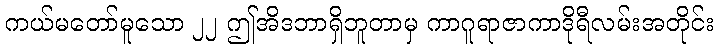
ကယ်မတော်မူသော ၂၂ ဤအိဒဘာရှိဘူတာမှ ကာဂူရာဇာကာဒိုရီလမ်းအတိုင်း